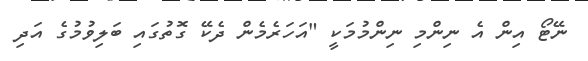
ނޭޓޯ އިން އެ ނިންމި ނިންމުމަކީ "އަހަރެމެން ދެކޭ ގޮތުގައި ބަލިވުމުގެ އަދި